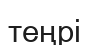
теңрі